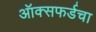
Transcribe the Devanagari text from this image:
ऑक्सफर्डचा